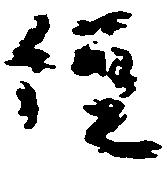
経